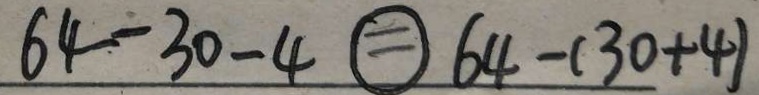
6 4 - 3 0 - 4 \textcircled { = } 6 4 - ( 3 0 + 4 )